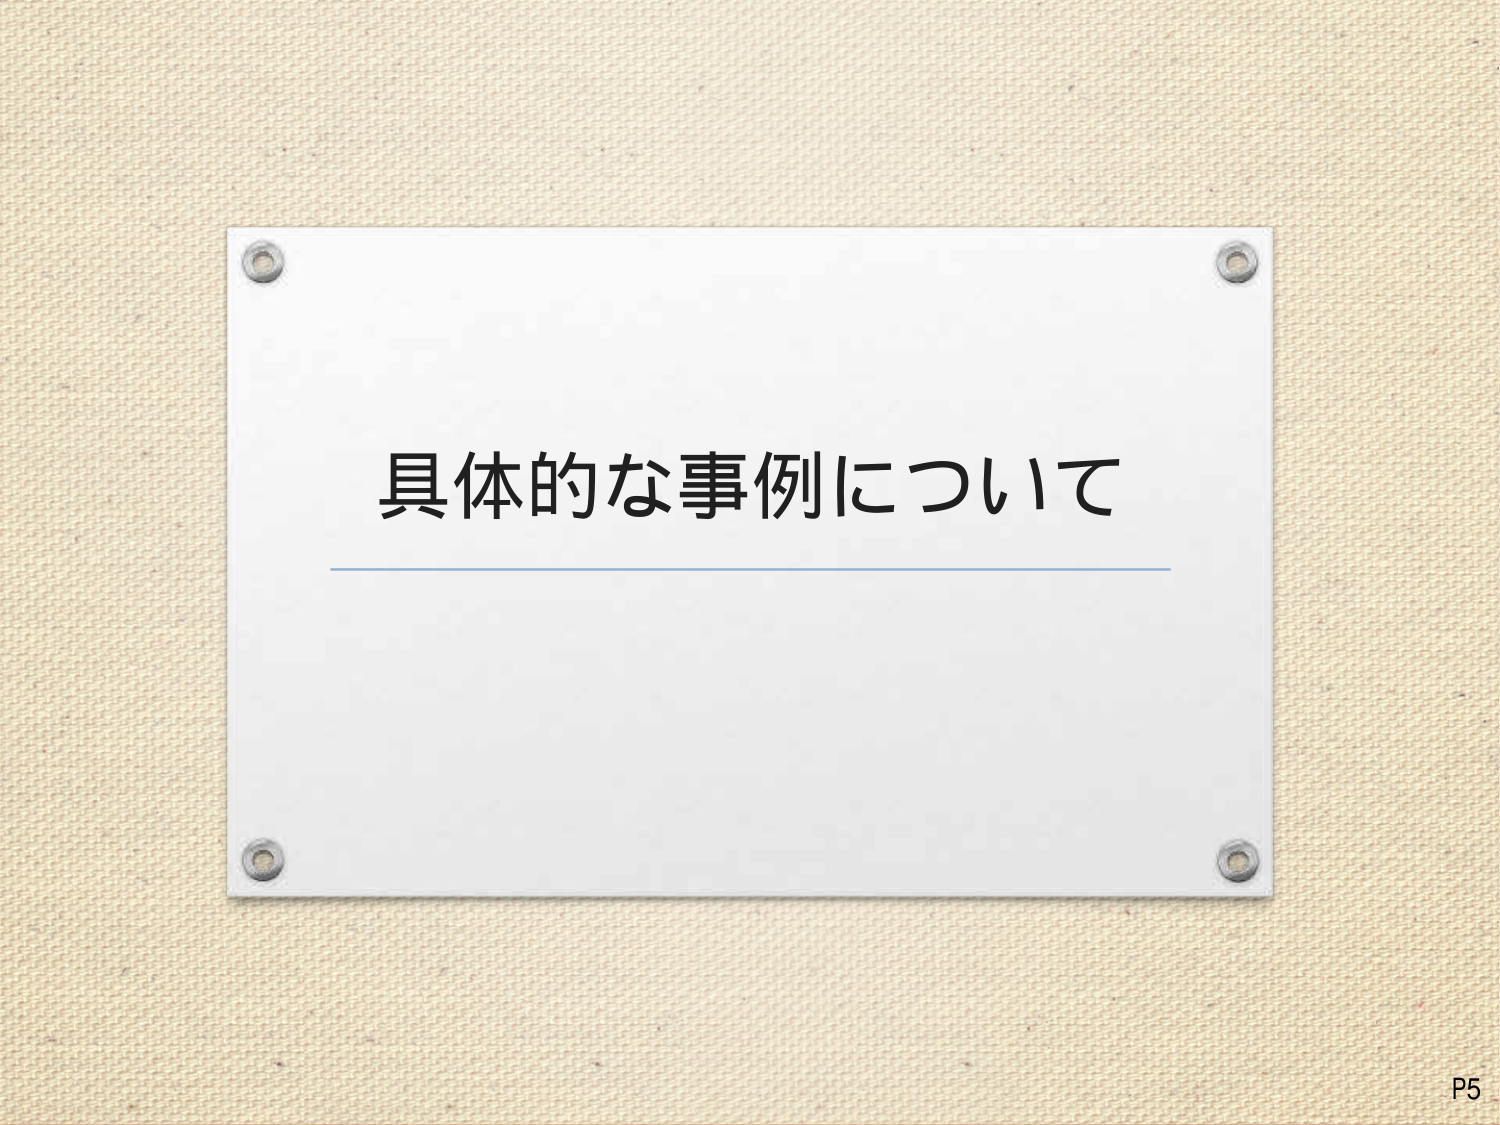
具体的な事例について
P5